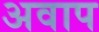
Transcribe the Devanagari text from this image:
अवाप